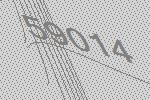
59014